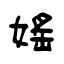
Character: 媱